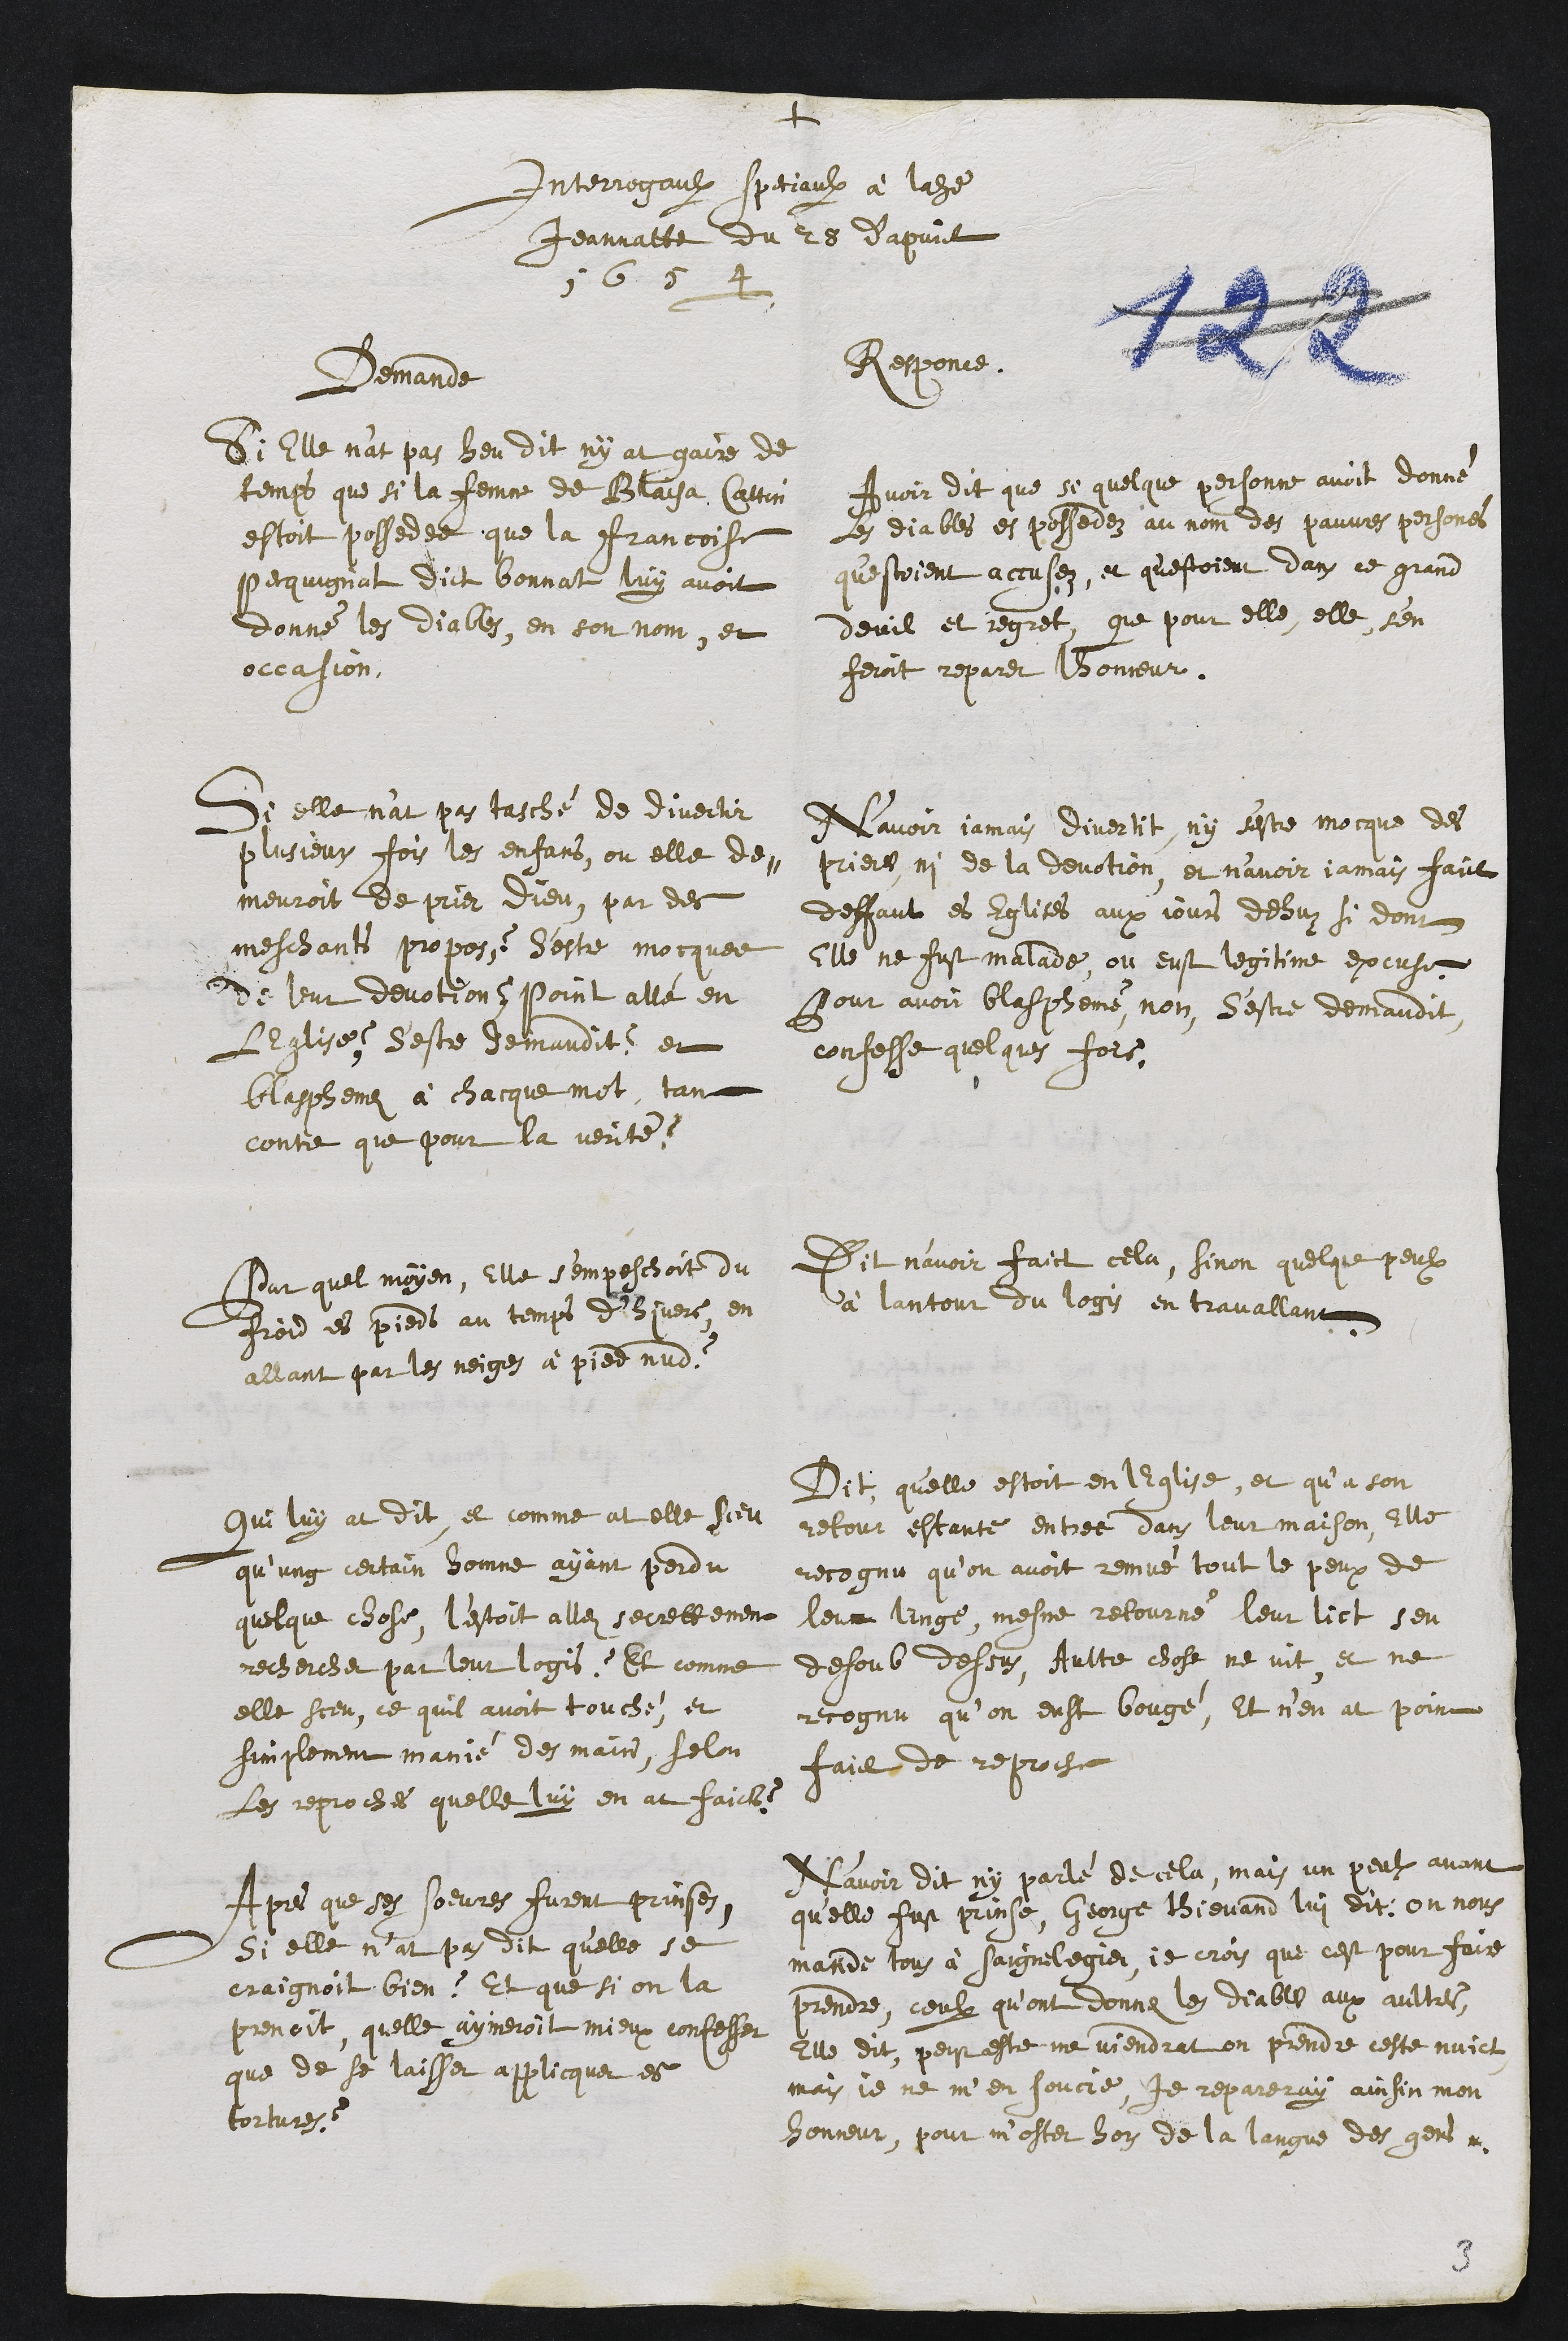
+
Interrogaulx speciaulx à ladite
Jeannatte du 25 d'apvril
1654
Demande
Si Elle n'at pas heu dit ny at gaire de
temps que si la femme de Blaisa Cattin
estoit possedee que la Francoise
Pecquignat dict bonnat luy avoit
donné les diables, en son nom, et
occasion.
Responce.
Avoir dit que se quelque personne avoit donné
les diables es possedez au nom des pauvres persones
qu'estoient accusez, et qu'estoient dans ce grand
deuil et regret, que pour elle, elle sen
feroit reparer lhonneur.
Si elle n'at pas tasché de divertir
plusieur fois les enfans, ou elle de-
meuroit de prier dieu, par des
meschants propos ? S'este mocquee
de leur devotions ? Point allé en
LEglise ? S'estre demaudit ? et
blasphemez à chacque mot, tan
contre que pour la verité ?
N'avoir jamais divertit, ny s'estre mocque des
prieres, ni de la devotion et n’avoir jamais faict
deffaut es Eglises aux jours dehuz si dont
elle ne fust malade, ou eust legitime excuse.
Pour avoir blasphemé, non, S'estre demaudit,
confesse quelques fois.
Sur quel moyen, Elle s’empeschoit du
froid es pieds au temps d'hivers, en
allant par les neiges à pied nud ?
Dit n'avoir faict cela, sinon quelque peulx
à lantour du logis en travallant.
Qui luy at dit et comme a elle sceu
qu’ung certain homme ayant perdu
quelque chose, l’estoit allez secrettement
rechercher par leur logis ? Et comme
elle sceu, ce quil avoit touché, et
simplement manié des mains, selon
Les reproches quelle luy en at faict ?
Dit, qu'elle estoit en lEglise, et qu’à son
retour estante entree dans leur maison, Elle
recognu qu’on avoit remué tout le peux de
leur linge, mesme retourné leur lict sen
desoub dessus, Aultre chose ne vit, et ne
recognu qu’on eust bougé, et n'en at point
faict de reproche
Apres que ses soeures furent prinses,
si elle n'at pas dit qu'elle se
craignoit bien ? Et que si on la
prenoit, quelle aymeroit mieux confesser
que de se laisser applicquer es
tortures ?
N'avoir dit ny parlé de cela, mais un peulx avant
quelle fust prinse, George Thievand lui dit; on nous
mande tous à Saignelegier, je crois que cest pour faire
prendre, ceulx qu’ont donne les diables aux aultres
Elle dit, peust estre me viendrat on prendre ceste nuict,
mais je ne m'en soucie, je repareray ainsin mon
honneur, pour m'oster hors de la langue des gens
3